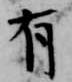
有